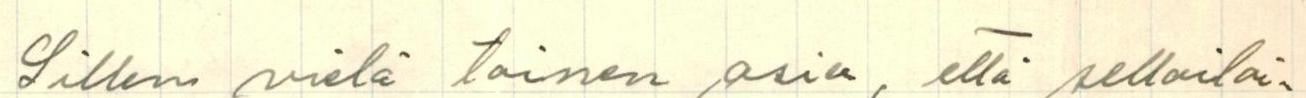
Sillen vielä toinen asia, että sellai-